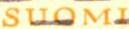
SUOMI